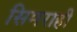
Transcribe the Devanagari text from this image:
सिमराही